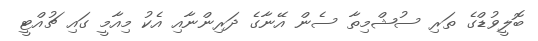
ބޮލީވުޑްގެ ތަރި ސުޝްމިތާ ސެން އޭނާގެ ދަރިންނާއި އެކު މިއާމީ ގައި ޗުއްޓީ